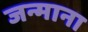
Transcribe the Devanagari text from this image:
जन्माना